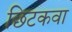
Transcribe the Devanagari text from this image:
छिटकवा